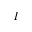
I